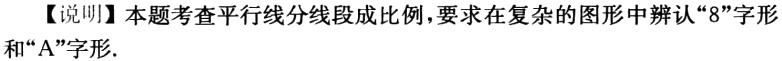
【说明】本题考查平行线分线段成比例，要求在复杂的图形中辨认“8”字形和“A”字形.